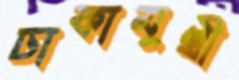
ঢাকামুখী